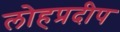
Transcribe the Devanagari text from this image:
लोहप्रदीप